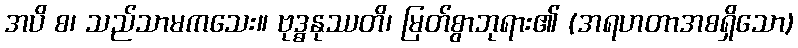
အပိ စ၊ သည်သာမကသေး။ ဗုဒ္ဓနုဿတိ၊ မြတ်စွာဘုရား၏ (အရဟတာအစရှိသော)